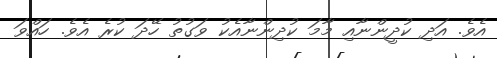
އެވެ. އަދި ކުދީންނާއި މާމަ ކުދިންނާއެކު ވަގުތު ހޭދަ ކުރެ އެވެ. ހައްވަ